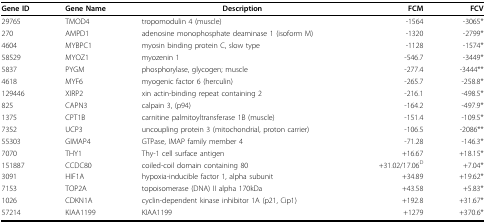
| Gene ID | Gene Name | Description | FCM | FCV |
 | --- | --- | --- | --- | --- |
 | 29765 | TMOD4 | tropomodulin 4 (muscle) | -1564 | -3065* |
 | 270 | AMPD1 | adenosine monophosphate deaminase 1 (isoform M) | -1320 | -2799* |
 | 4604 | MYBPC1 | myosin binding protein C, slow type | -1128 | -1574* |
 | 58529 | MYOZ1 | myozenin 1 | -546.7 | -3449* |
 | 5837 | PYGM | phosphorylase, glycogen; muscle | -277.4 | -3444** |
 | 4618 | MYF6 | myogenic factor 6 (herculin) | -265.7 | -258.8* |
 | 129446 | XIRP2 | xin actin-binding repeat containing 2 | -216.1 | -498.5* |
 | 825 | CAPN3 | calpain 3, (p94) | -164.2 | -497.9* |
 | 1375 | CPT1B | carnitine palmitoyltransferase 1B (muscle) | -151.4 | -109.5* |
 | 7352 | UCP3 | uncoupling protein 3 (mitochondrial, proton carrier) | -106.5 | -2086** |
 | 55303 | GIMAP4 | GTPase, IMAP family member 4 | -71.28 | -146.3* |
 | 7070 | THY1 | Thy-1 cell surface antigen | +16.67 | +18.15* |
 | 151887 | CCDC80 | coiled-coil domain containing 80 | +31.02/17.06D | +7.04* |
 | 3091 | HIF1A | hypoxia-inducible factor 1, alpha subunit | +34.89 | +19.62* |
 | 7153 | TOP2A | topoisomerase (DNA) II alpha 170kDa | +43.58 | +5.83* |
 | 1026 | CDKN1A | cyclin-dependent kinase inhibitor 1A (p21, Cip1) | +192.8 | +31.67* |
 | 57214 | KIAA1199 | KIAA1199 | +1279 | +370.6* |